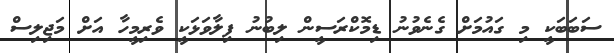
ސަބަބަކީ މި ގައުމަށް ގެނެވުނު ޑިމޮކްރަސީން ލިބުނު ފިލާވަޅަކީ ވެރިމީހާ އަށް މަޖިލިސް